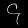
Digit: ၄